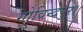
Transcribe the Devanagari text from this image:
गोविन्दपुरा